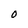
Character: O